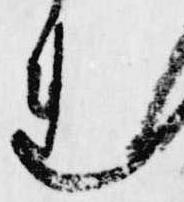
れ